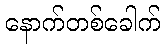
နောက်တစ်ခေါက်